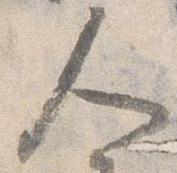
人